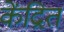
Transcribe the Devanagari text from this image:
केंद्रित